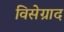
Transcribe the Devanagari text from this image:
विसेग्राद